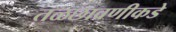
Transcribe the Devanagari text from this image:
तळछावणीकडे